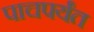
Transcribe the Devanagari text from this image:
पाचपर्यंत